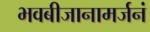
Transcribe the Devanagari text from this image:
भवबीजानामर्जनं